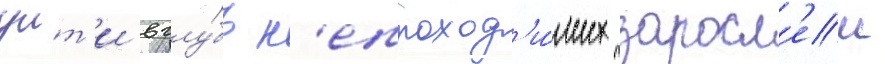
уит'и вглу́бь н'епроход'и́мых заросл'еи